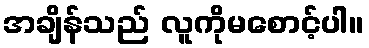
အချိန်သည် လူကိုမစောင့်ပါ။